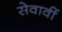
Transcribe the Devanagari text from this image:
सेवावीं